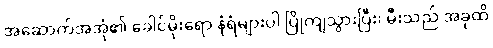
အဆောက်အအုံ၏ ခေါင်မိုးရော နံရံများပါ ပြိုကျသွားပြီး၊ မီးသည် အခုထိ